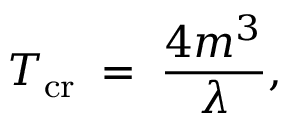
T _ { \mathrm { c r } } \; = \; \frac { 4 m ^ { 3 } } { \lambda } ,